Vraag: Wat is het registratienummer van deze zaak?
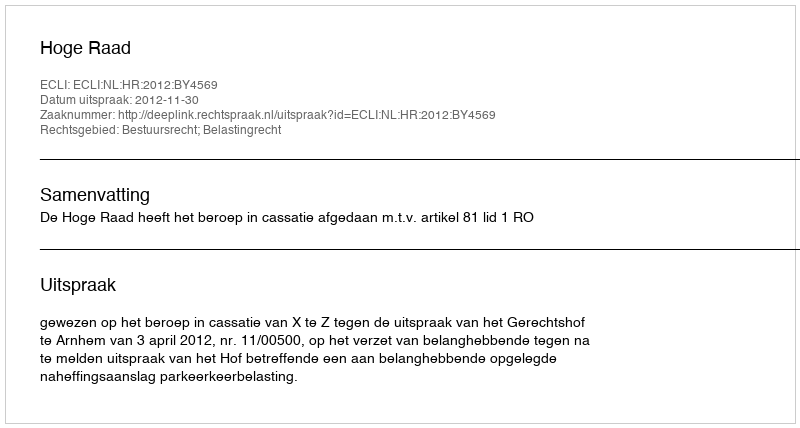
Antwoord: http://deeplink.rechtspraak.nl/uitspraak?id=ECLI:NL:HR:2012:BY4569